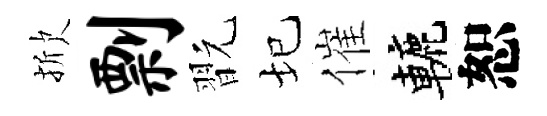
掀剽翫圮催轆恕